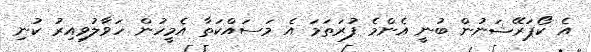
އެ ކޯޕަރޭޝަނުން ބުނީ އެންމެ ފުރަތަމަ އެ މަސައްކަތާ އެމީހުން ހަވާލުވިއިރު ކުނި